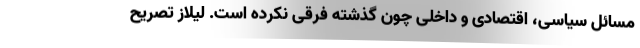
مسائل سیاسی، اقتصادی و داخلی چون گذشته فرقی نکرده است. لیلاز تصریح